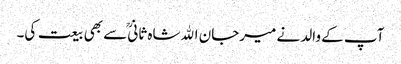
آپ کے والد نے میرجان اﷲشاہ ثانیؒ سے بھی بیعت کی۔